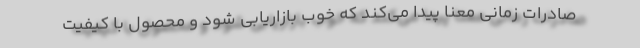
صادرات زمانی معنا پیدا می‌کند که خوب بازاریابی شود و محصول با کیفیت